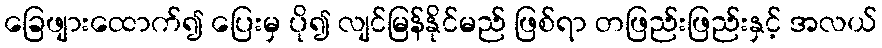
ခြေဖျားထောက်၍ ပြေးမှ ပို၍ လျင်မြန်နိုင်မည် ဖြစ်ရာ တဖြည်းဖြည်းနှင့် အလယ်